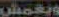
ويغمش